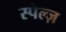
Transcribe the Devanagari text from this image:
स्पेल्ज़